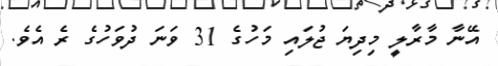
އޭނާ މާރާލީ މިދިޔަ ޖުލައި މަހުގެ 31 ވަނަ ދުވަހުގެ ރެ އެވެ.